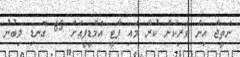
ނަތީޖާ އިން ވެރިކަން ކުރާ މައި ޕާޓީ އެމްޑީޕީއަށް 65 ގޮނޑި ލިބުނު